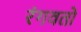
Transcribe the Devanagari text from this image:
रंगवतो